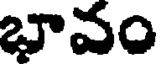
భావం